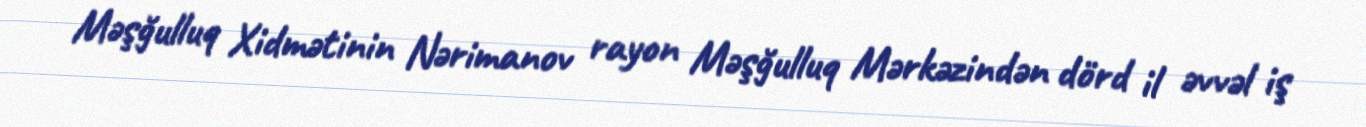
Məşğulluq Xidmətinin Nərimanov rayon Məşğulluq Mərkəzindən dörd il əvvəl iş